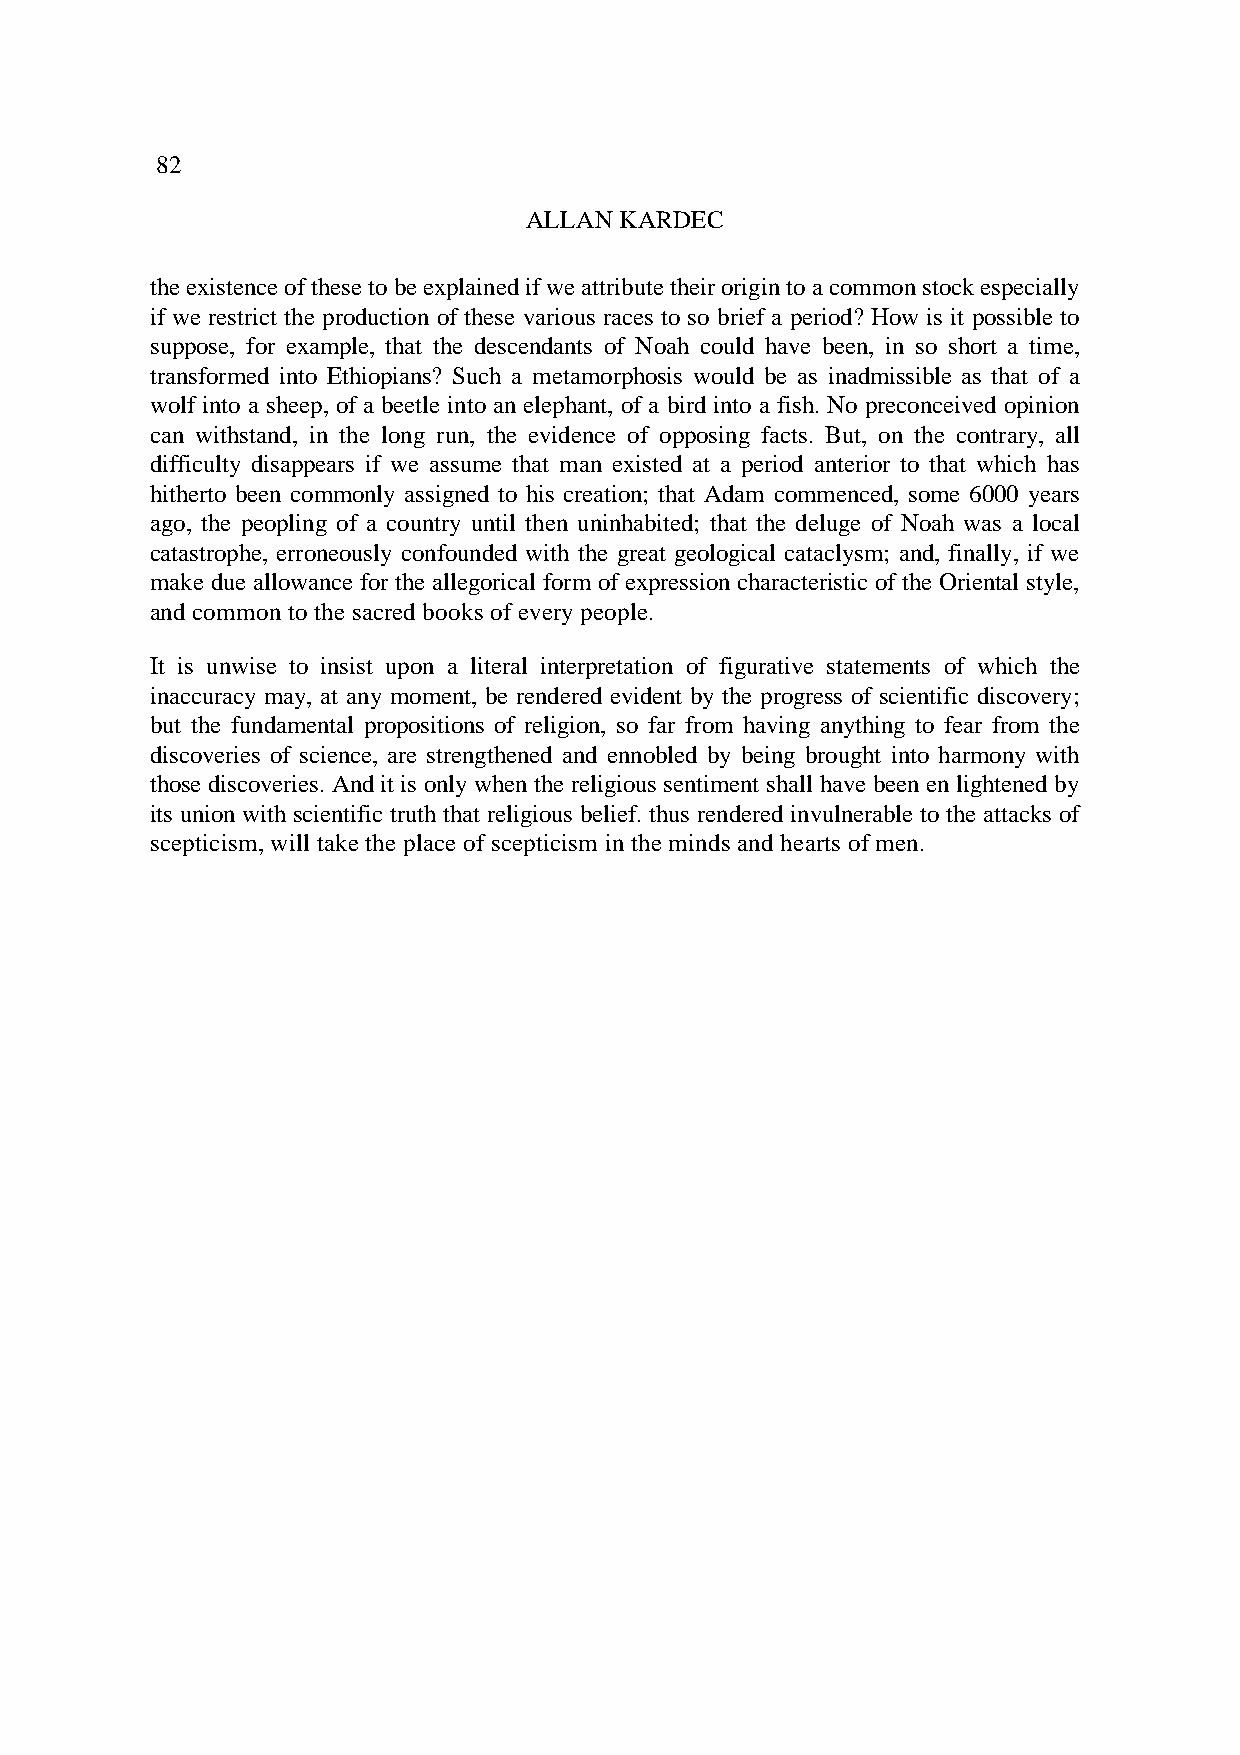
82
 ALLAN KARDEC
 the existence of these to be explained if we attribute their origin to a common stock especially
 if we restrict the production of these various races to so brief a period? How is it possible to
 suppose, for example, that the descendants of Noah could have been, in so short a time,
 transformed into Ethiopians? Such a metamorphosis would be as inadmissible as that of a
 wolf into a sheep, of a beetle into an elephant, of a bird into a fish. No preconceived opinion
 can withstand, in the long run, the evidence of opposing facts. But, on the contrary, all
 difficulty disappears if we assume that man existed at a period anterior to that which has
 hitherto been commonly assigned to his creation; that Adam commenced, some 6000 years
 ago, the peopling of a country until then uninhabited; that the deluge of Noah was a local
 catastrophe, erroneously confounded with the great geological cataclysm; and, finally, if we
 make due allowance for the allegorical form of expression characteristic of the Oriental style,
 and common to the sacred books of every people.
 It is unwise to insist upon a literal interpretation of figurative statements of which the
 inaccuracy may, at any moment, be rendered evident by the progress of scientific discovery;
 but the fundamental propositions of religion, so far from having anything to fear from the
 discoveries of science, are strengthened and ennobled by being brought into harmony with
 those discoveries. And it is only when the religious sentiment shall have been en lightened by
 its union with scientific truth that religious belief. thus rendered invulnerable to the attacks of
 scepticism, will take the place of scepticism in the minds and hearts of men.